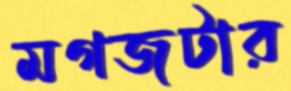
মগজটার